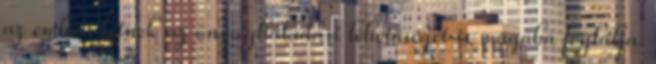
az emberi létnek az önmeghaladási lehetőségét is magába foglalja.